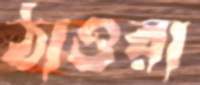
ঠাওরা